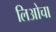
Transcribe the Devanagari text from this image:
लिओचा